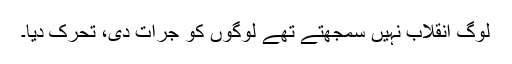
لوگ انقلاب نہیں سمجھتے تھے لوگوں کو جرأت دی، تحرک دیا۔